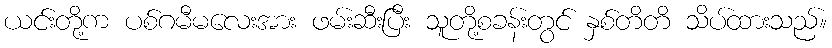
ယင်းတို့က ပစ်ဂမီမလေးအား ဖမ်းဆီးပြီး သူတို့စခန်းတွင် နှစ်တိတိ သိပ်ထားသည်။